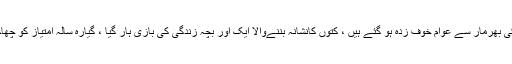
سندھ میں آوارہ اورپاگل کتوں کی بھرمار سے عوام خوف زدہ ہو گئے ہیں ، کتوں کانشانہ بننےوالا ایک اور بچہ زندگی کی بازی ہار گیا ، گیارہ سالہ امتیاز کو چھاچھرو میں کتے نے کاٹ لیاتھا۔